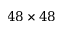
4 8 \times 4 8